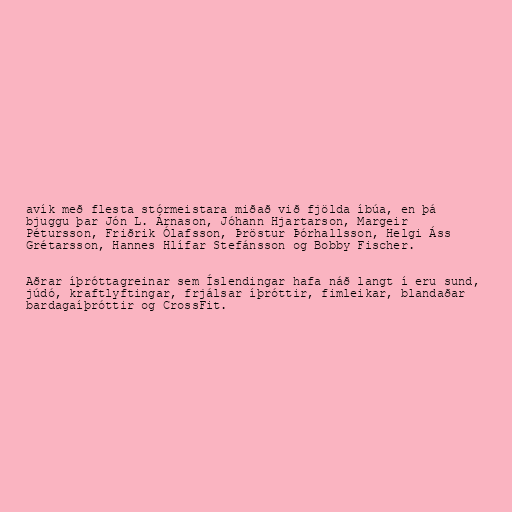
avík með flesta stórmeistara miðað við fjölda íbúa, en þá
bjuggu þar Jón L. Árnason, Jóhann Hjartarson, Margeir
Pétursson, Friðrik Ólafsson, Þröstur Þórhallsson, Helgi Áss
Grétarsson, Hannes Hlífar Stefánsson og Bobby Fischer.

Aðrar íþróttagreinar sem Íslendingar hafa náð langt í eru sund,
júdó, kraftlyftingar, frjálsar íþróttir, fimleikar, blandaðar
bardagaíþróttir og CrossFit.